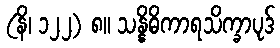
(နိ၊ ၁၂၂) ၈။ သန္နိဓိကာရသိက္ခာပုဒ်